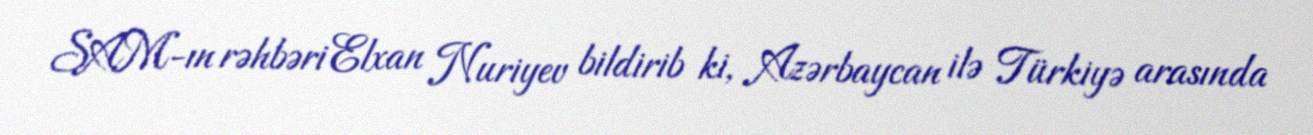
SAM-ın rəhbəri Elxan Nuriyev bildirib ki, Azərbaycan ilə Türkiyə arasında